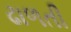
ઢાળતી